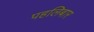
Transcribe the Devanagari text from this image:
पहलिबार